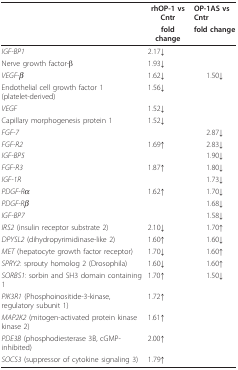
<table><thead><tr><td></td><td><b>rhOP-1 vs Cntr</b></td><td><b>OP-1AS vs Cntr</b></td></tr><tr><td></td><td><b>fold change</b></td><td><b>fold change</b></td></tr></thead><tbody><tr><td><i>IGF-BP1</i></td><td>2.17↓</td><td></td></tr><tr><td>Nerve growth factor-β</td><td>1.93↓</td><td></td></tr><tr><td><i>VEGF-β</i></td><td>1.62↓</td><td>1.50↓</td></tr><tr><td>Endothelial cell growth factor 1 (platelet-derived)</td><td>1.56↓</td><td></td></tr><tr><td><i>VEGF</i></td><td>1.52↓</td><td></td></tr><tr><td>Capillary morphogenesis protein 1</td><td>1.52↓</td><td></td></tr><tr><td><i>FGF-7</i></td><td></td><td>2.87↓</td></tr><tr><td><i>FGF-R2</i></td><td>1.69↑</td><td>2.83↓</td></tr><tr><td><i>IGF-BP5</i></td><td></td><td>1.90↓</td></tr><tr><td><i>FGF-R3</i></td><td>1.87↑</td><td>1.80↓</td></tr><tr><td><i>IGF-1R</i></td><td></td><td>1.73↓</td></tr><tr><td><i>PDGF-Rα</i></td><td>1.62↑</td><td>1.70↓</td></tr><tr><td><i>PDGF-Rβ</i></td><td></td><td>1.68↓</td></tr><tr><td><i>IGF-BP7</i></td><td></td><td>1.58↓</td></tr><tr><td><i>IRS2 </i>(insulin receptor substrate 2)</td><td>2.10↓</td><td>1.70↑</td></tr><tr><td><i>DPYSL2 </i>(dihydropyrimidinase-like 2)</td><td>1.60↑</td><td>1.60↓</td></tr><tr><td><i>MET </i>(hepatocyte growth factor receptor)</td><td>1.70↓</td><td>1.60↑</td></tr><tr><td><i>SPRY2</i>: sprouty homolog 2 (Drosophila)</td><td>1.60↓</td><td>1.60↑</td></tr><tr><td><i>SORBS1</i>: sorbin and SH3 domain containing 1</td><td>1.70↑</td><td>1.50↓</td></tr><tr><td><i>PIK3R1 </i>(Phosphoinositide-3-kinase, regulatory subunit 1)</td><td>1.72↑</td><td></td></tr><tr><td><i>MAP2K2 </i>(mitogen-activated protein kinase kinase 2)</td><td>1.61↑</td><td></td></tr><tr><td><i>PDE3B </i>(phosphodiesterase 3B, cGMP-inhibited)</td><td>2.00↑</td><td></td></tr><tr><td><i>SOCS3 </i>(suppressor of cytokine signaling 3)</td><td>1.79↑</td><td></td></tr></tbody></table>